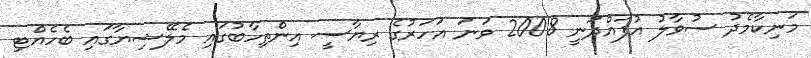
މަނިކާމެދު ސުވާލު އުފައްދަނީ 2008 ވަނަ އަހަރުގެ ރިޔާސީ އިންތިހާބުގައި މެލޭޝިޔާގައި ބެހެއްޓި